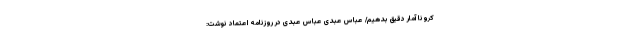
کرونا آمار دقیق بدهیم/ عباس عبدی عباس عبدی در روزنامه اعتماد نوشت: